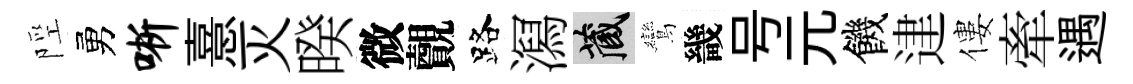
陘勇晰憙灭暌微覿路㵼藏鸞畿号元饑䢖僂牽遇